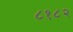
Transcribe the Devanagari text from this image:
८१८२